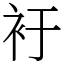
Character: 衧